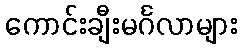
ကောင်းချီးမင်္ဂလာများ